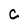
Character: C